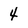
Character: 4